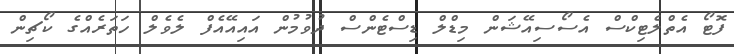
ފޮޓޯ އެތްލެޓިކްސް އެސޯސިއޭޝަން މިޑްލް ޑިސްޓެންސް ދުވުމުން އައިއޭއެފް ލެވެލް ހަތަރެއްގެ ކޯޗިން